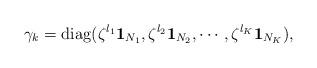
LaTeX: \begin{align*}\gamma_k={\rm diag}(\zeta^{l_1}{\bf 1}_{N_{1}},\zeta^{l_2}{\bf 1}_{N_{2}},\cdots,\zeta^{l_K}{\bf 1}_{N_K}),\end{align*}